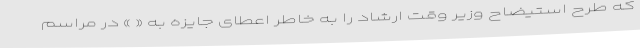
که طرح استیضاح وزیر وقت ارشاد را به خاطر اعطای جایزه به « » در مراسم